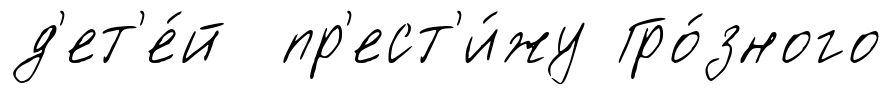
д'ет'е́й пр'ест'и́жу Гро́зного